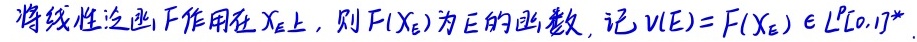
将线性泛函 $F$ 作用在 $X_E$ 上，则 $F(X_E)$ 为 $E$ 的函数，记 $v(E)=F(X_E)\in L^p[0,1]^*.$